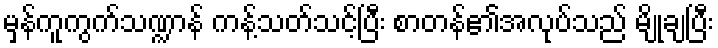
မှန်ကူကွက်သဏ္ဍာန် ကန့်သတ်သင့်ပြီး စာတန်၏အလုပ်သည် မျိုချပြီး